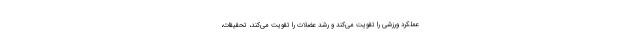
عملکرد ورزشی را تقویت می‌کند و رشد عضلات را تقویت می‌کند، تحقیقات،